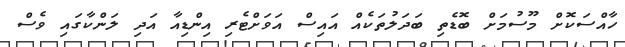
ހާއްސަކޮށް މޫސުމަށް ބޮޑެތި ބަދަލުތަކެއް އައިސް އަވަށްޓެރި އިންޑިއާ އަދި ލަންކާގައި ވެސް